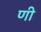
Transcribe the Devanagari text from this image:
णी